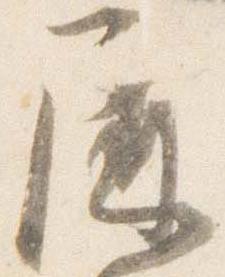
屏